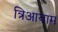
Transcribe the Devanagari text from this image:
त्रिआयाम